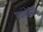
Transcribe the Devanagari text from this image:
भवांभोनिधिं